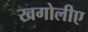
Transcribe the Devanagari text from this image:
खगोलीए